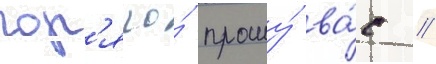
гор'ячо́ прошу́ ва́с /